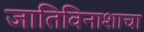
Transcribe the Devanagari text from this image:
जातिविनाशाचा